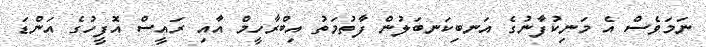
ނަމަވެސް އެ މަނިކުފާނުގެ އަނބިކަނބަލުން ފާތުމަތު އިބްރާހީމް އާއި ރައީސް އޮފީހުގެ އަންޑަ